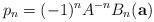
LaTeX: \begin{align*} p_{n} = (-1)^{n} A^{-n} B_{n}(\mathbf{a}) \end{align*}